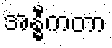
အန္ဓီကတာ